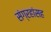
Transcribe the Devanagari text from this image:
संग्रहांसह